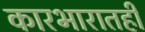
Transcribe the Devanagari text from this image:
कारभारातही